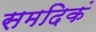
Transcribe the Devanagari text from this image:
समदिकं